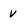
Character: v